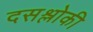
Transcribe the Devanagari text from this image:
दसश्लोकी